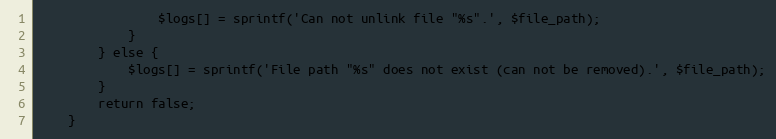
Language: PHP
                $logs[] = sprintf('Can not unlink file "%s".', $file_path);
            }
        } else {
            $logs[] = sprintf('File path "%s" does not exist (can not be removed).', $file_path);
        }
        return false;
    }